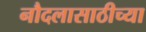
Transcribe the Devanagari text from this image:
नौदलासाठीच्या